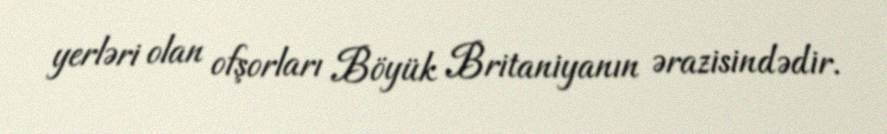
yerləri olan ofşorları Böyük Britaniyanın ərazisindədir.